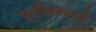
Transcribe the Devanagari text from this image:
प्रतिजनाशी